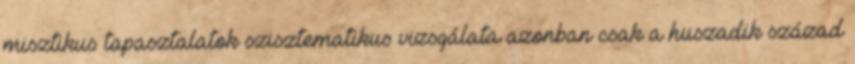
misztikus tapasztalatok szisztematikus vizsgálata azonban csak a huszadik század